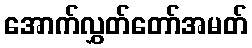
အောက်လွှတ်တော်အမတ်